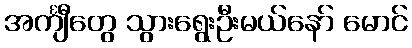
အင်္ကျီတွေ သွားရွေးဦးမယ်နော် မောင်